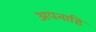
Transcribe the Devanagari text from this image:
अपनाहि